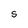
Character: s